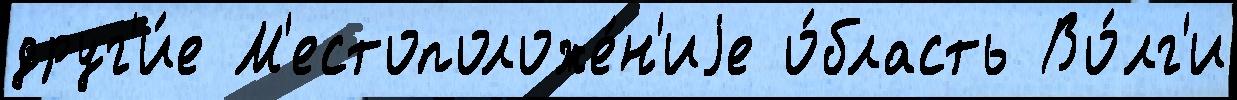
друг'и́е М'естоположе́н'иjе о́бласть Во́лг'и